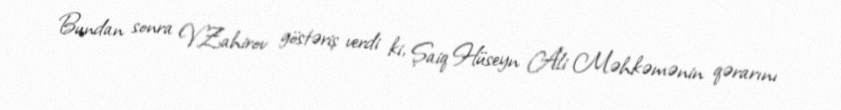
Bundan sonra V.Zahirov göstəriş verdi ki, Şaiq Hüseyn Ali Məhkəmənin qərarını